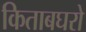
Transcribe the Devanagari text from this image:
किताबघरो